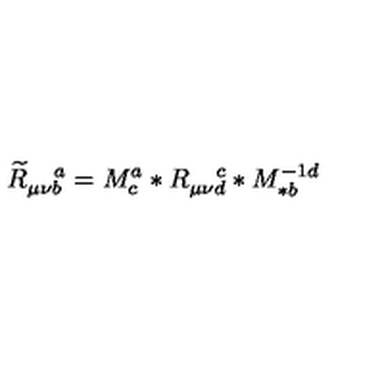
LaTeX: \widetilde { R } _ { \mu \nu b } ^ { \quad a } = M _ { c } ^ { a } \ast R _ { \mu \nu d } ^ { \quad c } \ast M _ { \ast b } ^ { - 1 d }